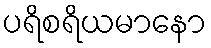
ပရိစရိယမာနော